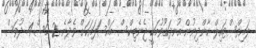
ލައިފްސްޓައިލް ކާންދިނުން އުނދަގޫވުމަކީ ޖެނެޓިކްސް މައްސަަލައަކަށް ވެދާނެ 2 މަސް 4 ދުވަސް